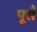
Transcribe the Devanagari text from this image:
पूसँ